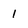
Character: 1